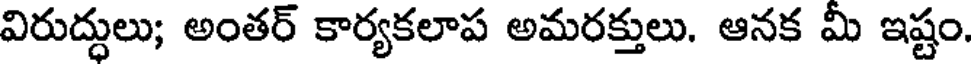
విరుద్ధులు; అంతర్ కార్యకలాప అమరక్తులు. ఆనక మీ ఇష్టం.